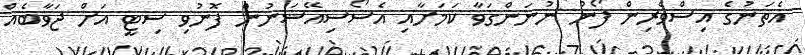
އެތަނުގެ އިސްވެރިން ފޯނު ނުނަންގަވާ ކަމަށާއި އެސޯސިއޭޝަނުން ފޮނުވި ސިޓީ އަށް ޖަވާބެއް